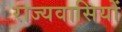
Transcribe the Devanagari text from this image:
राज्यवासियों